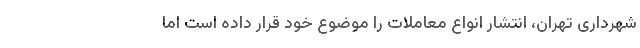
شهرداری تهران، انتشار انواع معاملات را موضوع خود قرار داده است اما